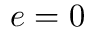
e = 0